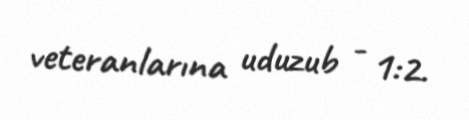
veteranlarına uduzub - 1:2.